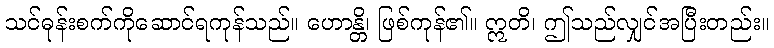
သင်ဓုန်းစက်ကိုဆောင်ရကုန်သည်။ ဟောန္တိ၊ ဖြစ်ကုန်၏။ ဣတိ၊ ဤသည်လျှင်အပြီးတည်း။